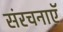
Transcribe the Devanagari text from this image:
संरचनाएॅ